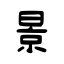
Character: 景